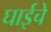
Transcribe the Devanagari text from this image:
घाईचे